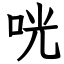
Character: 咣